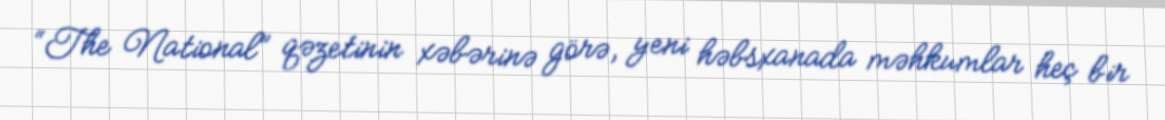
“The National” qəzetinin xəbərinə görə, yeni həbsxanada məhkumlar heç bir